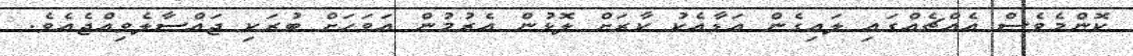
ކޮންމެވެސް އެއްޗެއްގައި ލައިގެން އަޑާއެކު ކާރަށް ލޮޅުން އެރުމުން އަވަހަށް ބުރަކި ޖައްސާލެވިއްޖެއެވެ.